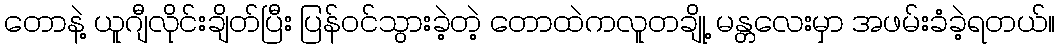
တောနဲ့ ယူဂျီလိုင်းချိတ်ပြီး ပြန်ဝင်သွားခဲ့တဲ့ တောထဲကလူတချို့ မန္တလေးမှာ အဖမ်းခံခဲ့ရတယ်။